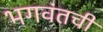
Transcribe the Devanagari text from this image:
भगवंतची